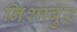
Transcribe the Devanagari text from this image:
निशाबुर